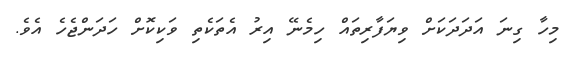
މިހާ ގިނަ އަދަދަކަށް ވިޔަފާރިތައް ހިމެނޭ އިރު އެތަކެތި ވަކިކޮށް ހަދަންޖެހެ އެވެ.